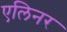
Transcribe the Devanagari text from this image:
एलिनर